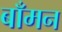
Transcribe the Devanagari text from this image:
बाँमन